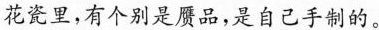
花瓷里，有个别是赝品，是自己手制的